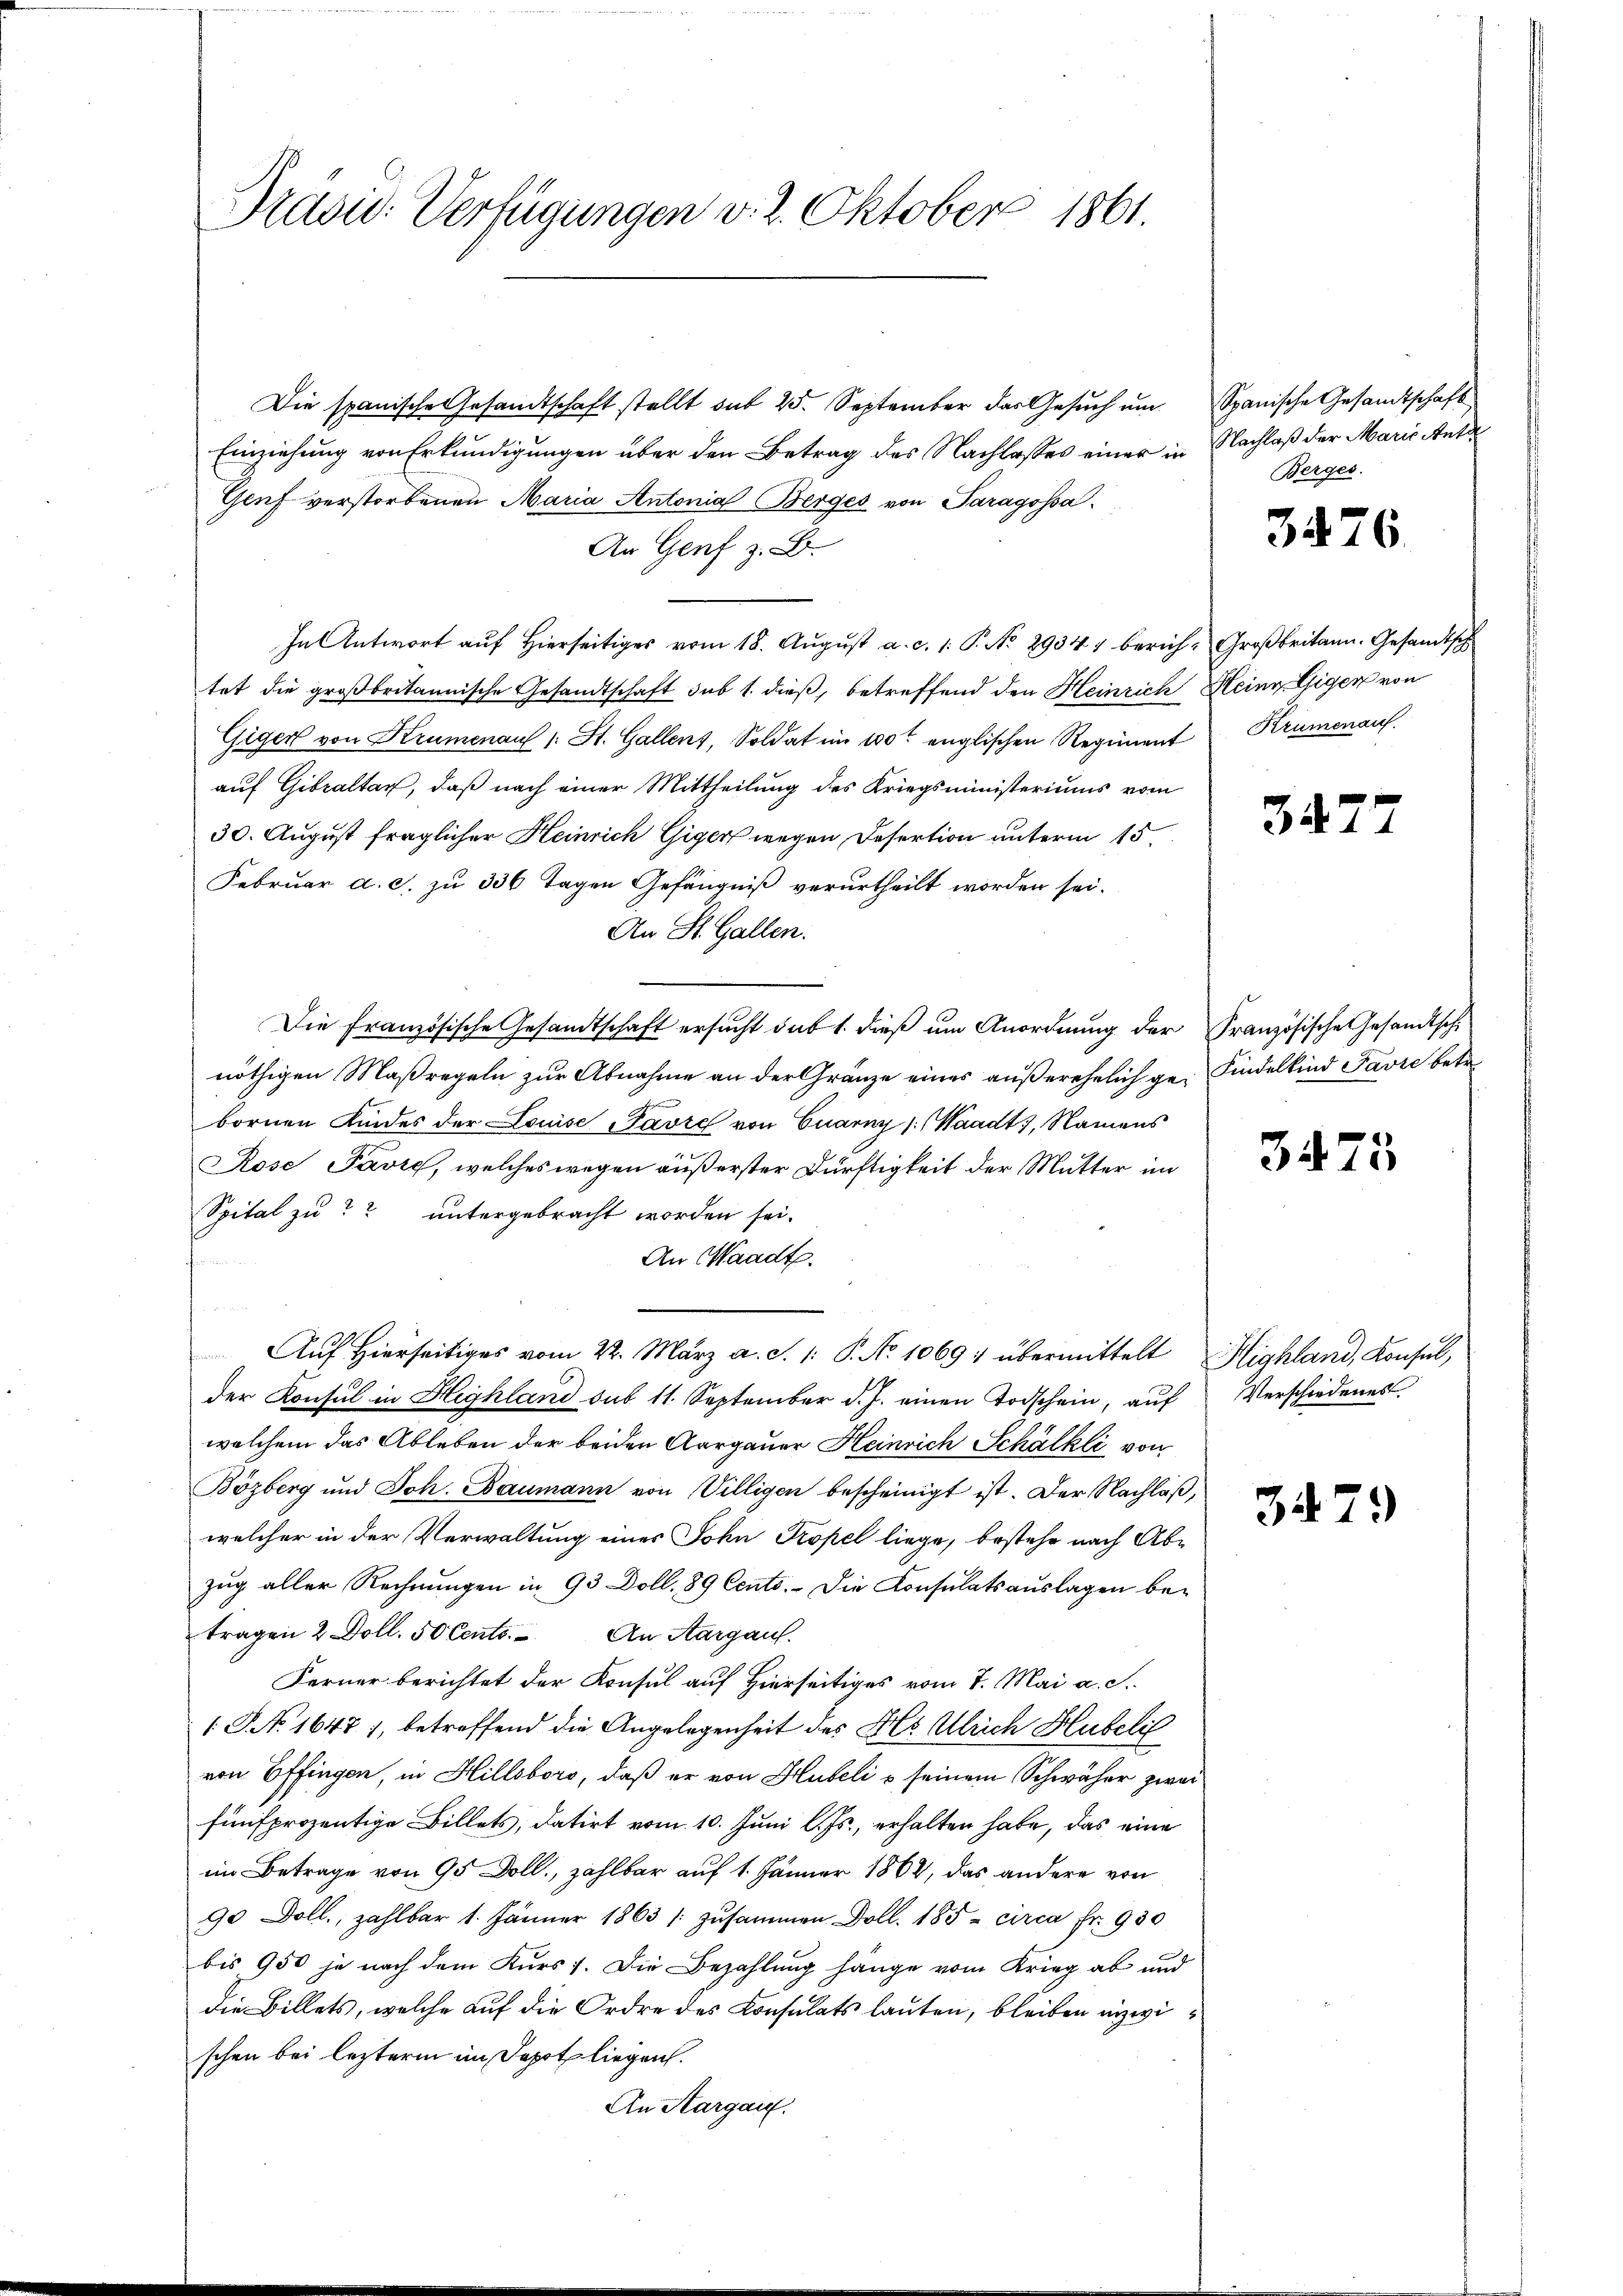
Pravić-Verfügungen v. 2. Oktober 1861.

Die spanische Gesandtschaft stellt sub 25. September das Gesuch um
Einziehung von Erkundigungen über den Betrag des Nachlasses einer in
Genf verstorbenen Maria Antonial Berges von Paragossa.
An Genf z. B.
In Antwort auf hierseitiges vom 18. Aŭgŭst a. c. 1. P. No. 2934) berich-Großbritann. Gesandtsch
tet die großbritannische Gesandtschaft sub 1. dieß, betreffend den Heinrich Heinr. Gegen von
Giger von Krumenau (: St. Gallenz, Soldat im 100t englischen Regiment Krumenauf.
auf Gibraltar, daß nach einer Mittheilung des Kriegsministeriums vom
30. August fraglicher Heinrich Giger wegen Desertion unterm 15.
Februar a. c. zu 336 Tagen Gefängniß verurtheilt worden sei.
An St. Gallen.
Die Französische Gesandtschaft ersucht sub 1. dieß um Anordnung der Französische Gesandtsch
nöthigen Maßregeln zur Abnahme an der Gränze eines außerehelich ge- Findelkind Favre betr.
bornen Kindes der Louise Favre von Cuarny (Waadt, Namens
Rose Favre, welches wegen außerster Dürftigkeit der Mutter im
Spital zu untergebracht worden sei.
An Waadt.
u
Auf Hierseitiges vom 22. März a. S. 1: P. No 1069 : übermittelt Highland, Konsul,
der Konsul in Highland sub 11. September d. J. einen Todschein, auf
welchem das Ableben der beiden Aargauer Heinrich Schälkli von
Bözberg und Joh. Baumann von Villigen bescheinigt ist. Der Nachläß,
welcher in der Verwaltung eines John Propel liege, bestehe nach Abzug aller Rechnungen in 93 Doll. 89 Cento. Die Konsulatsauslagen betragen 2 Doll. 50 Cento. An Aargau.
Ferner berichtet der Konsul auf Hierseitiges vom 7. Mai a. c.
 No. 1648), betreffend die Angelegenheit des Hs. Ulrich Hubeli
von Effingen, in Hillsbors, daß er von Hubeli o seinem Schwäher zwei
fünfprozentige Billets, datirt vom 10. Juni l. Js., erhalten habe, das eine
im Betrage von 95 Doll., zahlbar auf 1. Jänner 1862, das andere von
90 Doll, zahlbar 1. Jänner 1863 zusammen Doll. 185 - circa Fr. 930
bis 950 je nach dem Kurs 7. Die Bezahlung hänge vom Krieg ab und
die Billets, welche auf die Ordre des Consulats lauten, bleiben inzwischen bei lezterm im Depot liegen.
An Aargau.

Spanische Gesamtschaft
Nachlaß der Marie Ante
Berges.

3476.

3477

3475

Verschiedenes

3479